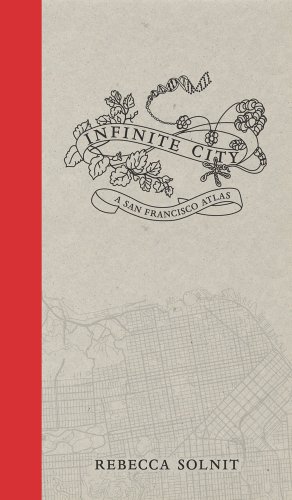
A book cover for Infinite City: A San Francisco Atlas; Rebecca Solnit; Arts & Photography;